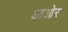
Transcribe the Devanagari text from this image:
आओर